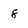
Character: 8